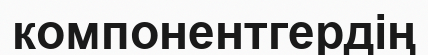
компонентгердің